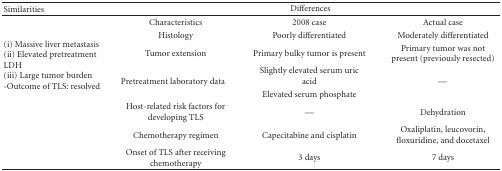
<table><thead><tr><td><b>Similarities</b></td><td colspan="3"><b>Differences</b></td></tr></thead><tbody><tr><td rowspan="8">(i) Massive liver metastasis(ii) Elevated pretreatment LDH(iii) Large tumor burden -Outcome of TLS: resolved</td><td>Characteristics</td><td>2008 case</td><td>Actual case</td></tr><tr><td>Histology</td><td>Poorly differentiated</td><td>Moderately differentiated</td></tr><tr><td>Tumor extension</td><td>Primary bulky tumor is present</td><td>Primary tumor was not present (previously resected)</td></tr><tr><td rowspan="2">Pretreatment laboratory data</td><td>Slightly elevated serum uric acid</td><td rowspan="2">—</td></tr><tr><td>Elevated serum phosphate</td></tr><tr><td>Host-related risk factors for developing TLS</td><td>—</td><td>Dehydration</td></tr><tr><td>Chemotherapy regimen</td><td>Capecitabine and cisplatin</td><td>Oxaliplatin, leucovorin, floxuridine, and docetaxel</td></tr><tr><td>Onset of TLS after receiving chemotherapy</td><td>3 days</td><td>7 days</td></tr></tbody></table>